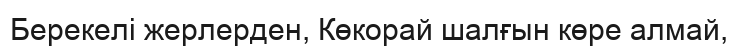
Берекелі жерлерден, Көкорай шалғын көре алмай,